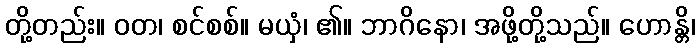
တို့တည်း။ ဝတ၊ စင်စစ်။ မယှံ၊ ၏။ ဘာဂိနော၊ အဖို့တို့သည်။ ဟောန္တိ၊